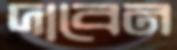
দাবেন